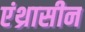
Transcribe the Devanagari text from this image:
एंथ्रासीन